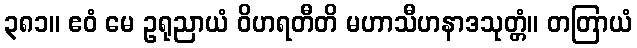
၃၈၁။ ဧဝံ မေ ဥရုညာယံ ဝိဟရတီတိ မဟာသီဟနာဒသုတ္တံ။ တတြာယံ